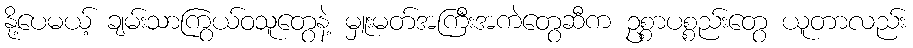
နို့ပေမယ့် ချမ်းသာကြွယ်ဝသူတွေနဲ့ မှူးမတ်အကြီးအကဲတွေဆီက ဥစ္စာပစ္စည်းတွေ ယူတာလည်း